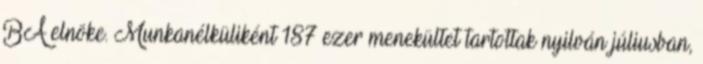
BA elnöke. Munkanélküliként 187 ezer menekültet tartottak nyilván júliusban,